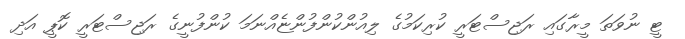
ޓީ ނުވަތަ މީރާގައި ރަޖިސްޓަރީ ކުރިކަމުގެ ލިއުންކުންފުންޏެއްނަމަ ކުންފުނީގެ ރަޖިސްޓަރީ ކޮޕީ އަދި